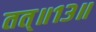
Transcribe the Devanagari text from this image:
तत्॥१३॥